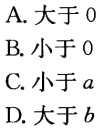
A. 大于 0
B. 小于 0
C. 小于 \(a\)
D. 大于 \(b\)